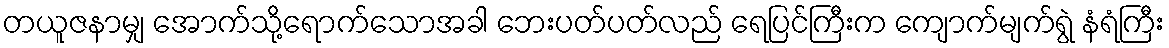
တယူဇနာမျှ အောက်သို့ရောက်သောအခါ ဘေးပတ်ပတ်လည် ရေပြင်ကြီးက ကျောက်မျက်ရွဲ နံရံကြီး